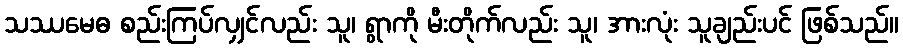
သဿမေဓ စည်းကြပ်လျှင်လည်း သူ၊ ရွာကို မီးတိုက်လည်း သူ၊ အားလုံး သူချည်းပင် ဖြစ်သည်။